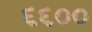
૬૬૦૦